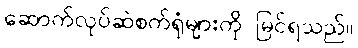
ဆောက်လုပ်ဆဲစက်ရုံများကို မြင်ရသည်။